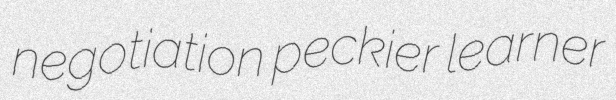
negotiation peckier learner